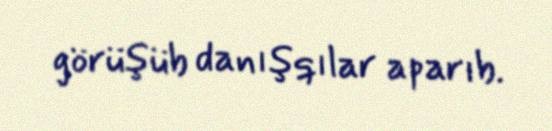
görüşüb danışqılar aparıb.